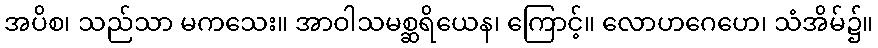
အပိစ၊ သည်သာ မကသေး။ အာဝါသမစ္ဆရိယေန၊ ကြောင့်။ လောဟဂေဟေ၊ သံအိမ်၌။